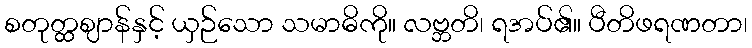
စတုတ္ထဈာန်နှင့် ယှဉ်သော သမာဓိကို။ လဗ္ဘတိ၊ ရအပ်၏။ ပီတိဖရဏတာ၊